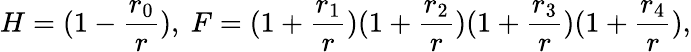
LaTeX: H=(1-\frac{r_{0}}{r}),\ F=(1+\frac{r_{1}}{r})(1+\frac{r_{2}}{r})(1+\frac{r_{3}}{r})(1+\frac{r_{4}}{r}),